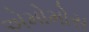
એમોમોસ